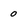
Character: 0